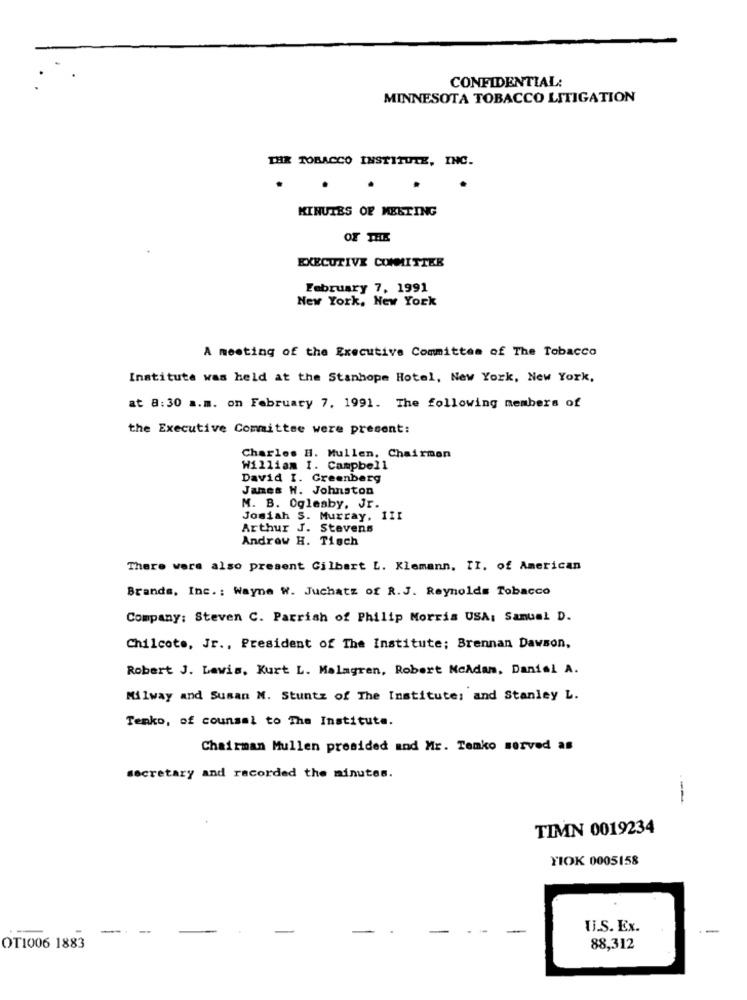
CONFIDENTIAL:
MINNESOTA TOBACCO LITIGATION
THE TOBACCO INSTITUTE, INC.
MINUTES OF MEETING
OF THE
EXECUTIVE COMMITTEE
February 7, 1991
New York, New York
A meeting of the Executive Committee of The Tobacco
Institute was held at the Stanhope Hotel, New York, New York,
at 8:30 a.m. on February 7. 1991. The following members of
the Executive Committee were present:
Charles H. Mullen, Chairman
William I. Campbell
David I. Greenberg
Janes H. Johnston
M. B. Oglesby, Jr.
Josiah S. Murray, 111
Arthur J. Stevens
Andrew H. Tisch
There were also present Gilbert L. Klemann. II. of American
Brands, Inc .: Wayne W. Juchatz of R.J. Reynolds Tobacco
Company: Steven C. Parrish of Philip Morris USA: Samuel D.
Chilcote, Jr ., President of The Institute; Brennan Dawson,
Robert J. Lewis, Kurt L. Malagren, Robert NcAdam, Daniel A.
Milway and Susan N. Stuntz of The Institute: and Stanley L.
Tenko, of counsel to The Instituta.
Chairman Mullen presided and Mr. Temko served as
secretary and recorded the minutes.
TIMN 0019234
YIOK 0005158
U.S. Ex.
OT1006 1883
88,312